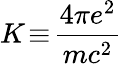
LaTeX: K\! \equiv\! \frac{4\pi e^{2}}{mc^{2}}